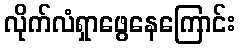
လိုက်လံရှာဖွေနေကြောင်း